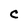
Character: C